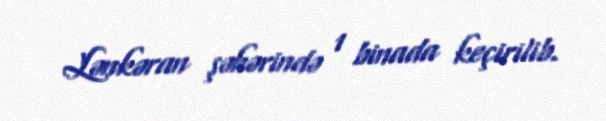
Lənkəran şəhərində 1 binada keçirilib.